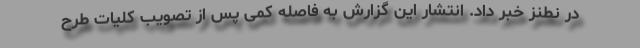
در نطنز خبر داد. انتشار این گزارش به فاصله کمی پس از تصویب کلیات طرح